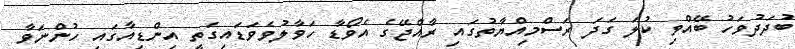
ބުދަދުވަހު ބޭއްވި ކުލަ ގަދަ ރަސްމިއްޔާތުގައި ރާއްޖޭގެ އެވޯޑާ ހަވާލުވެވަޑައިގަތީ އިންޑިއާގައި ހުންނަވާ